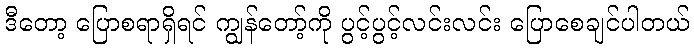
ဒီတော့ ပြောစရာရှိရင် ကျွန်တော့်ကို ပွင့်ပွင့်လင်းလင်း ပြောစေချင်ပါတယ်